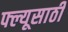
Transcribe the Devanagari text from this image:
फ्ल्यूसाठी